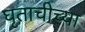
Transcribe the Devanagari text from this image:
घृताचीच्या